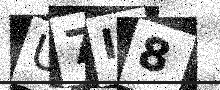
Text: U7I8